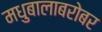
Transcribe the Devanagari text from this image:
मधुबालाबरोबर